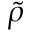
\tilde { \rho }